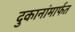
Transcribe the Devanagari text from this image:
दुकानांमार्फत